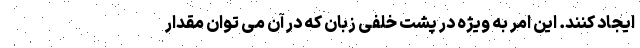
ایجاد کنند. این امر به ویژه در پشت خلفی زبان که در آن می توان مقدار